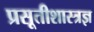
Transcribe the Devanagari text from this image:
प्रसूतीशास्त्रज्ञ